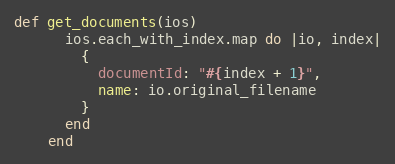
Language: Ruby
def get_documents(ios)
      ios.each_with_index.map do |io, index|
        {
          documentId: "#{index + 1}",
          name: io.original_filename
        }
      end
    end